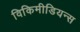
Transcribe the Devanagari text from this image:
विकिमीडियन्स